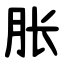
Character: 胀